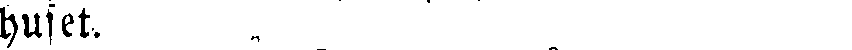
huset.